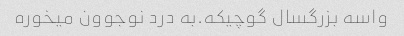
واسه بزرگسال گوچیکه.به درد نوجوون میخوره